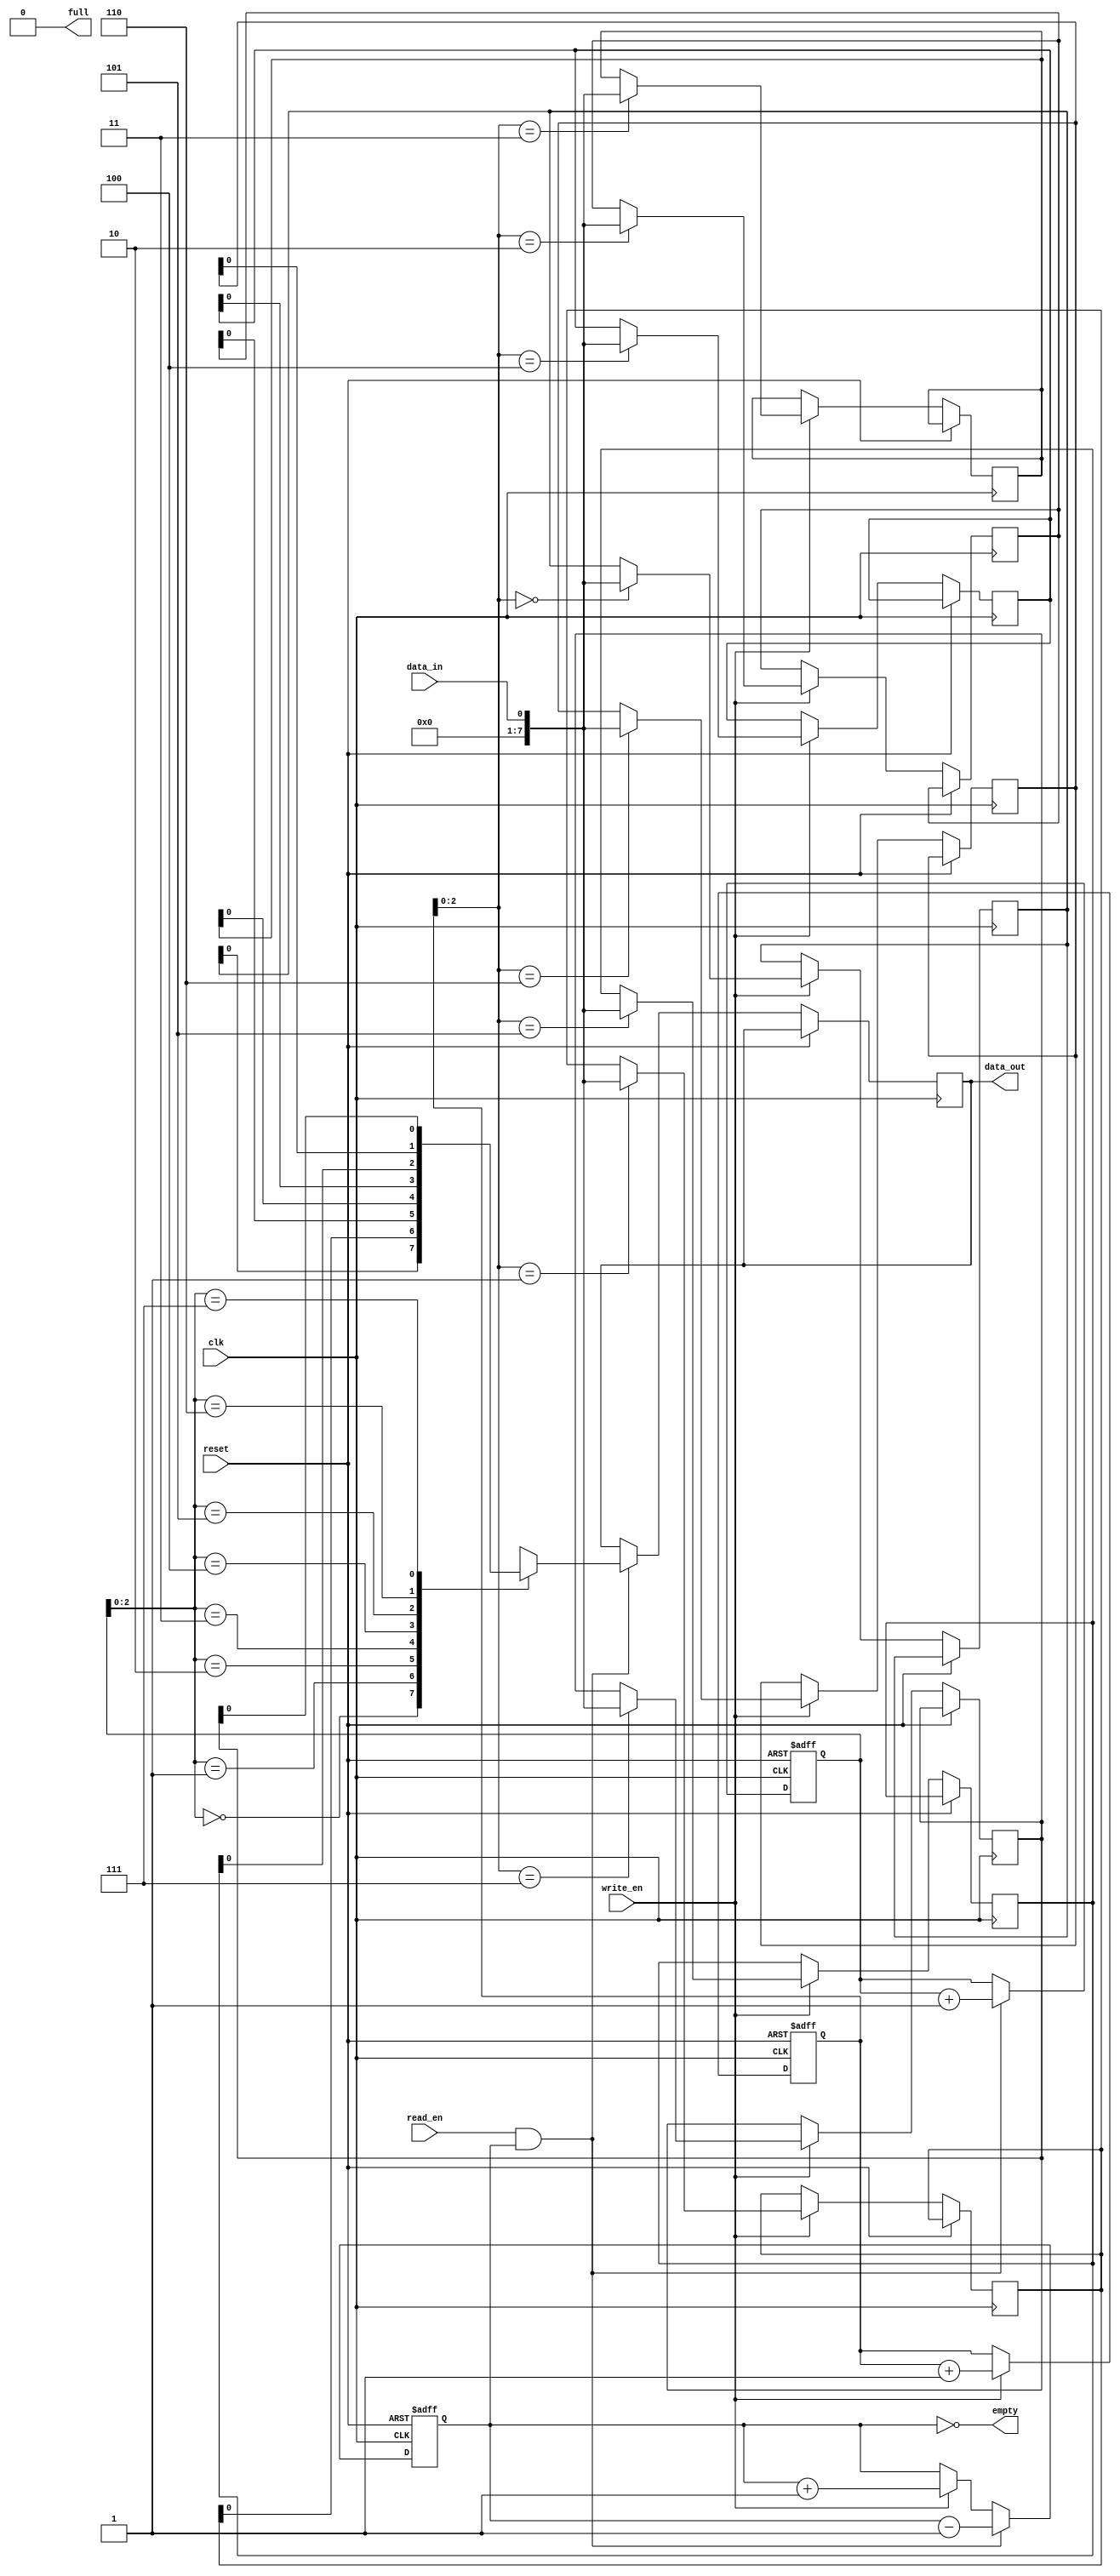
module CircularFIFO(
    input wire clk,
    input wire reset,
    input wire write_en,
    input wire read_en,
    input wire data_in,
    output wire data_out,
    output wire full,
    output wire empty
);

parameter N = 8; // Size of the FIFO (number of memory cells)
parameter WIDTH = 8; // Width of each memory cell (in bits)

reg [WIDTH-1:0] mem [0:N-1];
reg [WIDTH-1:0] write_ptr = 0;
reg [WIDTH-1:0] read_ptr = 0;
reg count = 0;

always @(posedge clk or posedge reset) begin
    if(reset) begin
        write_ptr <= 0;
        read_ptr <= 0;
        count <= 0;
    end else begin
        if(write_en && !full) begin
            mem[write_ptr] <= data_in;
            write_ptr <= write_ptr + 1;
            count <= count + 1;
        end

        if(read_en && !empty) begin
            data_out <= mem[read_ptr];
            read_ptr <= read_ptr + 1;
            count <= count - 1;
        end
    end
end

assign full = (count == N);
assign empty = (count == 0);

endmodule